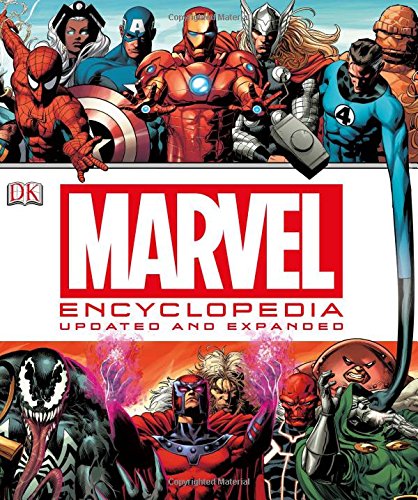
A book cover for Marvel Encyclopedia; Matt Forbeck; Comics & Graphic Novels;